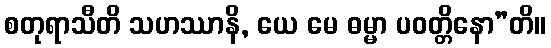
စတုရာသီတိ သဟဿာနိ, ယေ မေ ဓမ္မာ ပဝတ္တိနော”တိ။